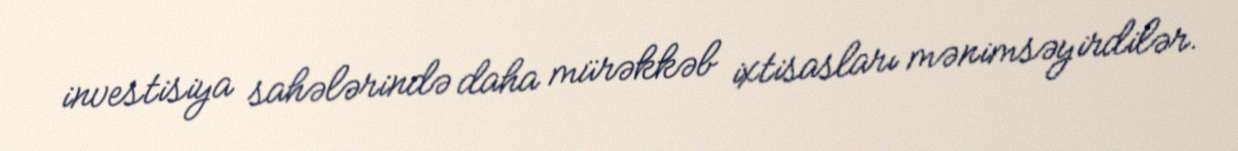
investisiya sahələrində daha mürəkkəb ixtisasları mənimsəyirdilər.